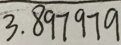
3 . 8 9 7 9 7 9